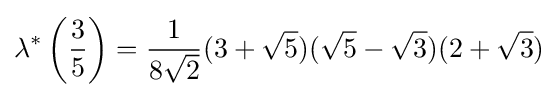
\lambda ^{*}\left({\frac {3}{5}}\right)={\frac {1}{8{\sqrt {2}}}}(3+{\sqrt {5}})({\sqrt {5}}-{\sqrt {3}})(2+{\sqrt {3}})